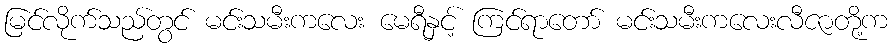
မြင်လိုက်သည်တွင် မင်းသမီးကလေး မေရီနှင့် ကြင်ရာတော် မင်းသမီးကလေးလီဇာတို့က